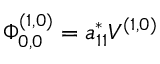
\Phi _ { 0 , 0 } ^ { ( 1 , 0 ) } = a _ { 1 1 } ^ { * } V ^ { ( 1 , 0 ) }